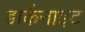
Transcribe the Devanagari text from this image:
डार्कनाइट